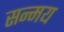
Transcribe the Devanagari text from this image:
सन्मय